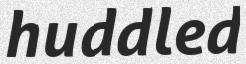
huddled